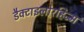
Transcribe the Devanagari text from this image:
डैक्टाइलोरहिज्म